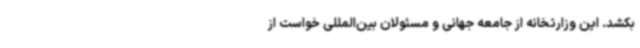
بکشد. این وزارتخانه از جامعه جهانی و مسئولان بین‌المللی خواست از